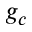
g _ { c }